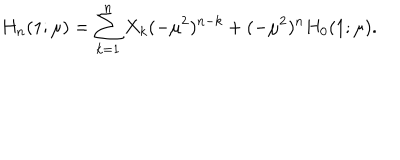
LaTeX: H _ { n } ( 1 ; \mu ) = \sum _ { k = 1 } ^ { n } X _ { k } ( - \mu ^ { 2 } ) ^ { n - k } + ( - \mu ^ { 2 } ) ^ { n } H _ { 0 } ( 1 ; \mu ) .